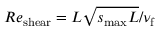
R e _ { \mathrm { s h e a r } } = L \sqrt { s _ { \mathrm { m a x } } L } / \nu _ { \mathrm { f } }